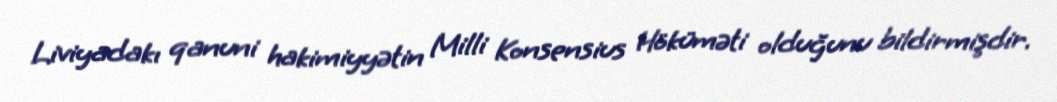
Liviyadakı qanuni hakimiyyətin Milli Konsensius Höküməti olduğunu bildirmişdir.